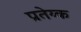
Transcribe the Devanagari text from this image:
प्रतेय्क